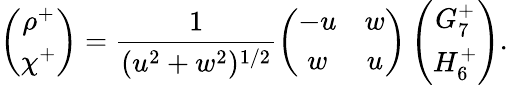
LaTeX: \left(\begin{array}{c}{{\rho^{+}}}\\ {{\chi^{+}}}\end{array}\right)=\frac{1}{(u^{2}+w^{2})^{1/2}}\left(\begin{array}{cc}{{-u}}&{{w}}\\ {{w}}&{{u}}\end{array}\right)\left(\begin{array}{c}{{G_{7}^{+}}}\\ {{H_{6}^{+}}}\end{array}\right).